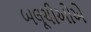
બલૂચીઓએ